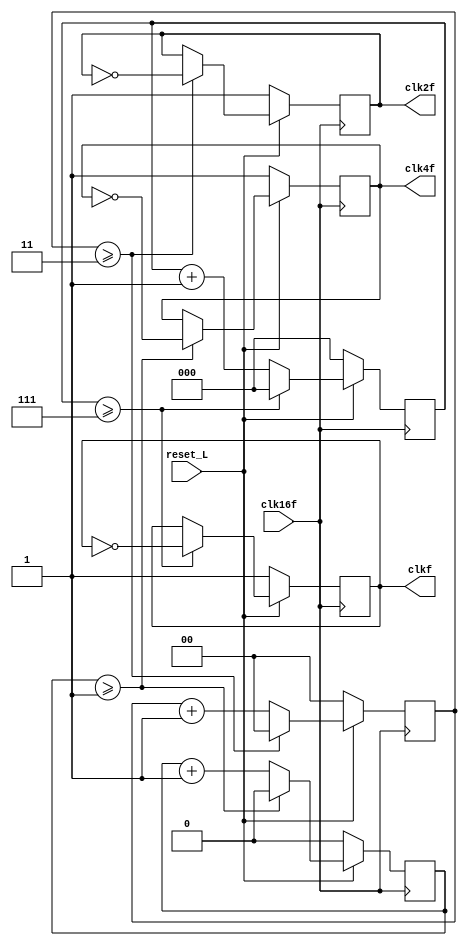
module ClkGenerator(
						input 		clk16f,
						input 		reset_L,
						output reg 	clk4f,
						output reg 	clk2f,
						output reg 	clkf
						);

	//Contadores
	reg counter1;
	reg [1:0] counter2;
	reg [2:0] counter3;

	//Reset contadores y relojes 4f, 2f y f
	always @ (posedge clk16f) begin
		if(!reset_L)begin
		counter1<=0;
		counter2<=0;
		counter3<=0;
		clk4f<=1;
		clk2f<=1;
		clkf<=1;
		end
		else begin

		if(counter1>=1)begin
			clk4f <= ~clk4f;
			counter1<=0;
		end 
		else begin
			counter1<=counter1+1;
		end 

		if(counter2>=3)begin
			clk2f <= ~clk2f;
			counter2<=0;
		end 
		else begin
			counter2<=counter2+1;
		end 

		if(counter3>=7)begin
			clkf <= ~clkf;
			counter3<=0;
		end 
		else begin
			counter3<=counter3+1;
		end 							

		end
	end

endmodule